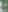
: